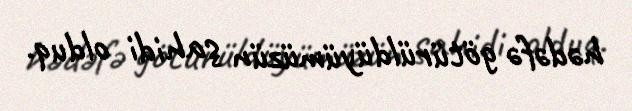
hədəfə götürüldüyümüzün şahidi olduq.